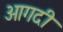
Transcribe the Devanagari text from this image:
आगदी